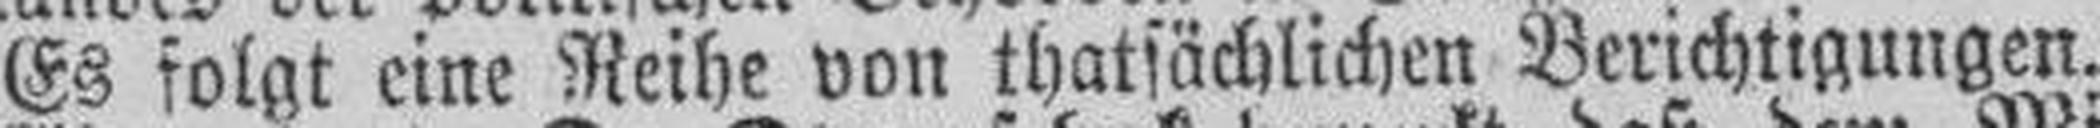
Es folgt eine Reihe von thatsächlichen Berichtigungen.